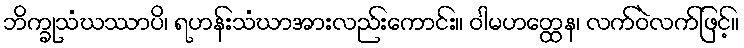
ဘိက္ခုသံဃဿာပိ၊ ရဟန်းသံဃာအားလည်းကောင်း။ ဝါမဟတ္ထေန၊ လက်ဝဲလက်ဖြင့်။